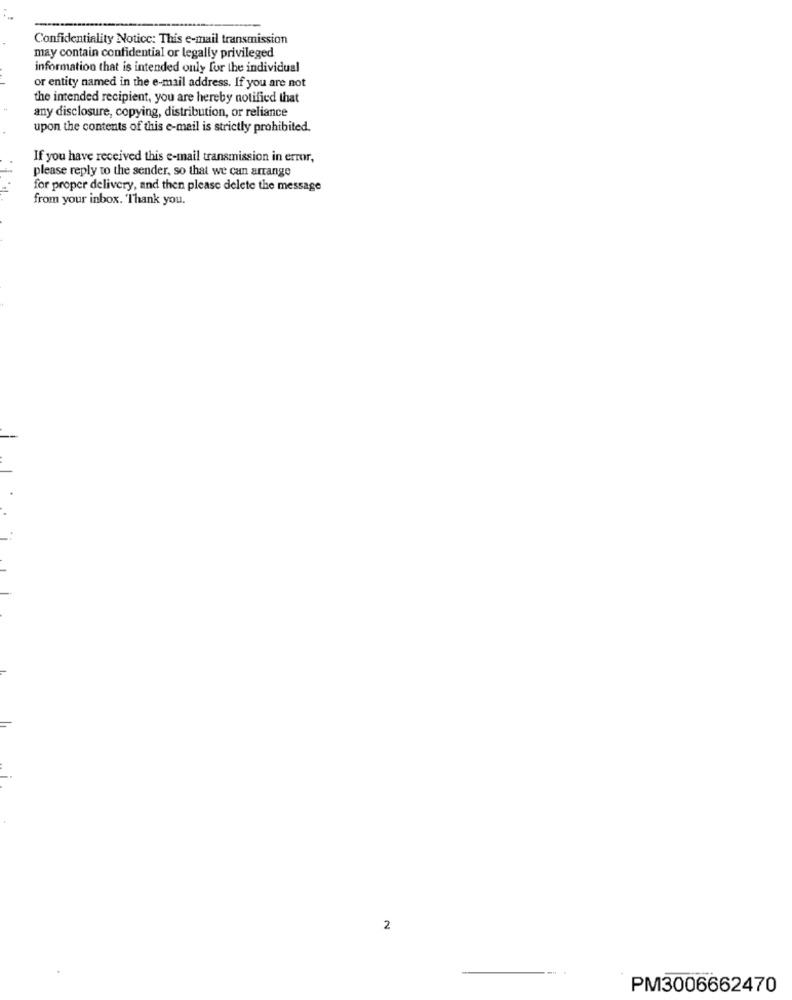
Confidentiality Notice: This e-mail transmission
may contain confidential or legally privileged
information that is intended only for the individual
or entity named in the e-mail address. If you are not
the intended recipient, you are hereby notified that
any disclosure, copying, distribution, or reliance
upon the contents of this e-mail is strictly prohibited.
If you have received this e-mail transmission in error,
please reply to the sender, so that we can arrange
for proper delivery, and then please delete the message
from your inbox. Thank you.
2
PM3006662470